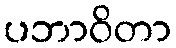
ပဘာဝိတာ